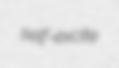
self-excite